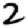
Digit: 2